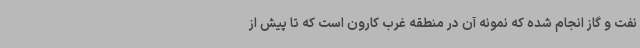
نفت و گاز انجام شده که نمونه آن در منطقه غرب کارون است که تا پیش از